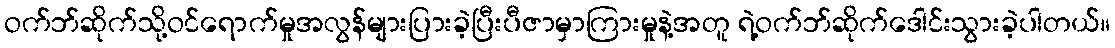
ဝက်ဘ်ဆိုက်သို့ဝင်ရောက်မှုအလွန်များပြားခဲ့ပြီးပီဇာမှာကြားမှုနဲ့အတူ ရဲ့ဝက်ဘ်ဆိုက်ဒေါင်းသွားခဲ့ပါတယ်။